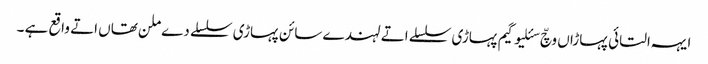
ایہہ التائی پہاڑاں وچّ سئلیوگیم​ پہاڑی سلسلے اتے لہندے سائن پہاڑی سلسلے دے ملن تھاں اتے واقع ہے ۔